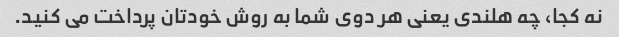
نه کجا، چه هلندی یعنی هر دوی شما به روش خودتان پرداخت می کنید.